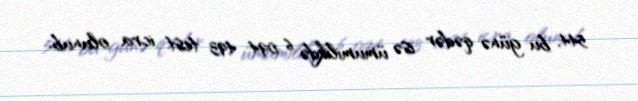
544, bu günə qədər isə ümumilikdə 6 094 493 test icra olunub.